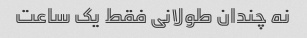
نه چندان طولانی فقط یک ساعت